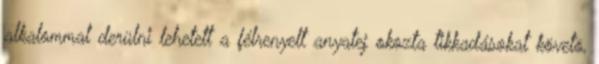
alkalommal derülni lehetett a félrenyelt anyatej okozta tikkadásokat követõ,